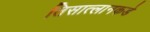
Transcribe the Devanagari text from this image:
तिसात्लानकडे